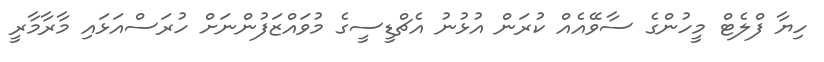
ހިޔާ ފްލެޓް މީހުންގެ ސާވޭއެއް ކުރަން އުޅުނު އެޗްޑީސީގެ މުވައްޒަފުންނަށް ހުރަސްއަޅައި މާރާމާރީ